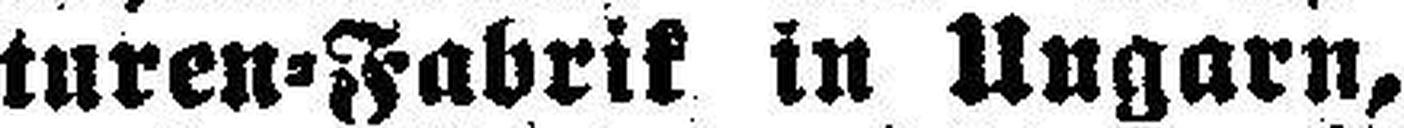
turen=Fabrik in Ungarn,